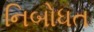
નિબોધત